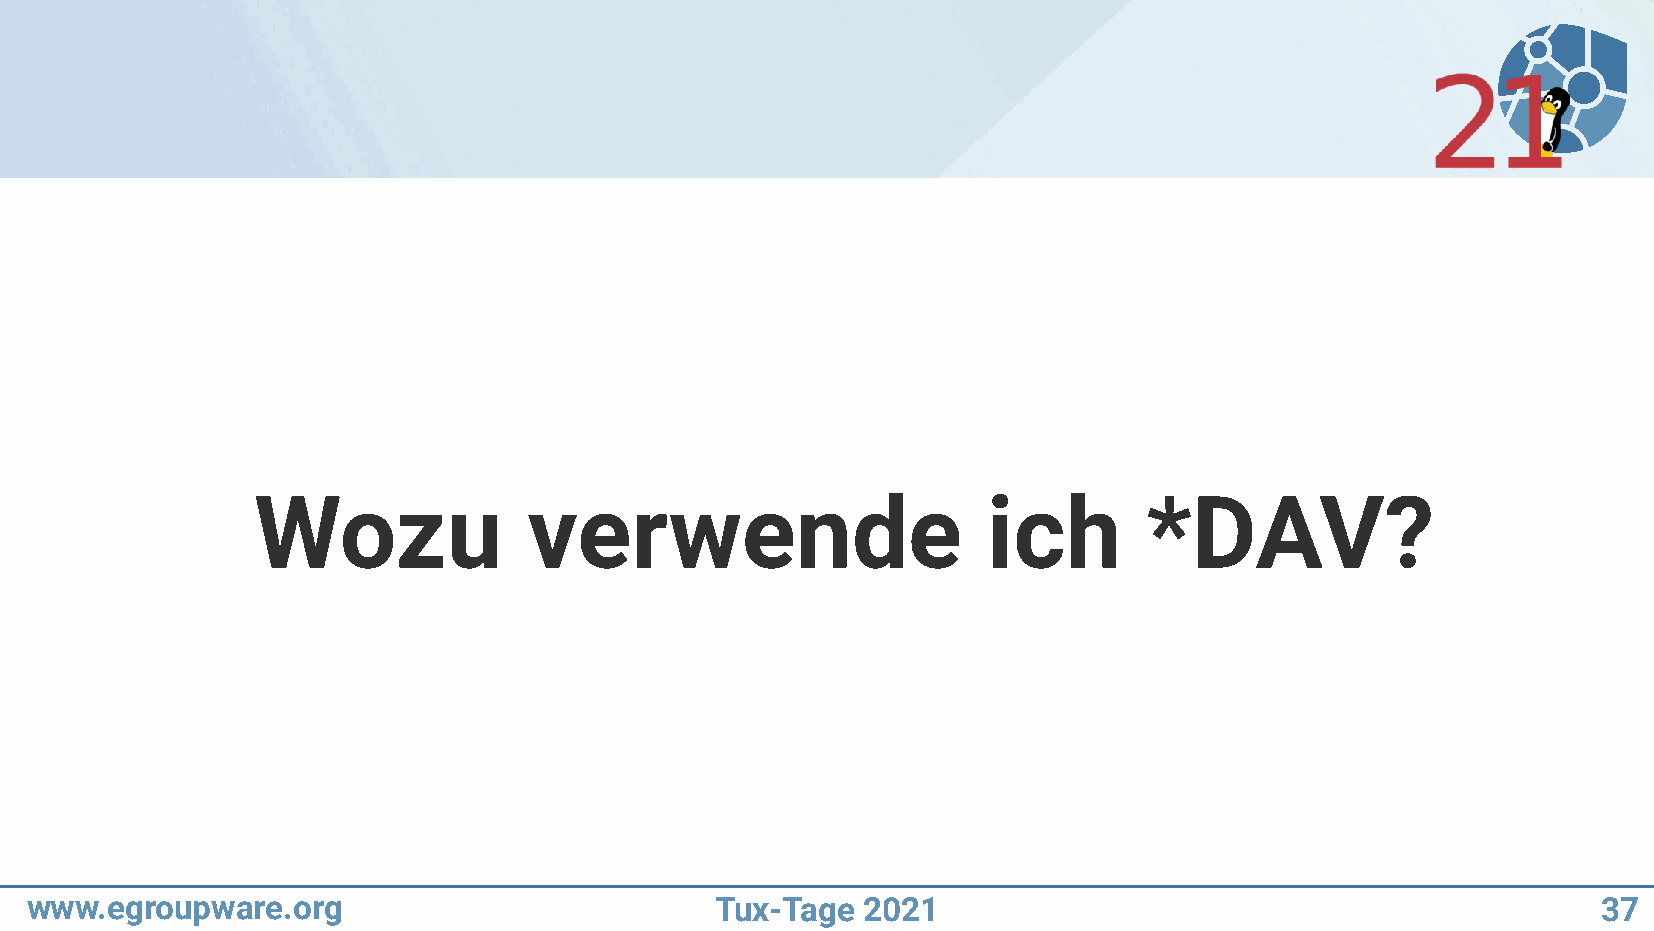
Wozu              verwende                      ich        *DAV?
 www.egroupware.org                           Tux-Tage  2021                                             37